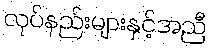
လုပ်နည်းများနှင့်အညီ